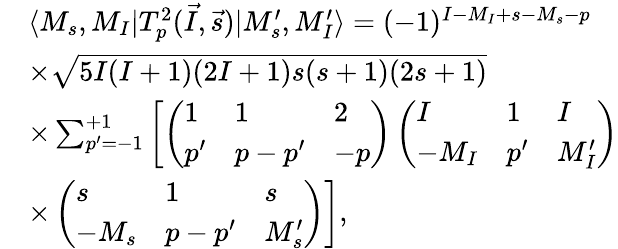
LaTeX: \begin{array}{rl}&{\langle M_{s},M_{I}|T_{p}^{2}(\vec{I},\vec{s})|M_{s}^{\prime},M_{I}^{\prime}\rangle=(-1)^{I-M_{I}+s-M_{s}-p}}\\ &{\times\sqrt{5I(I+1)(2I+1)s(s+1)(2s+1)}}\\ &{\times\sum_{p^{\prime}=-1}^{+1}\left[\left(\begin{array}{lll}{1}&{1}&{2}\\ {p^{\prime}}&{p-p^{\prime}}&{-p}\end{array}\right)\left(\begin{array}{lll}{I}&{1}&{I}\\ {-M_{I}}&{p^{\prime}}&{M_{I}^{\prime}}\end{array}\right)\right.}\\ &{\times\left.\left(\begin{array}{lll}{s}&{1}&{s}\\ {-M_{s}}&{p-p^{\prime}}&{M_{s}^{\prime}}\end{array}\right)\right],}\end{array}